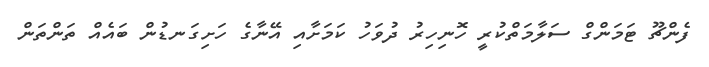
ފެންޗޫ ޓަމަންގް ސަލާމަތްކުރީ ހޮނިހިރު ދުވަހު ކަމަށާއި އޭނާގެ ހަށިގަނޑުން ބައެއް ތަންތަން